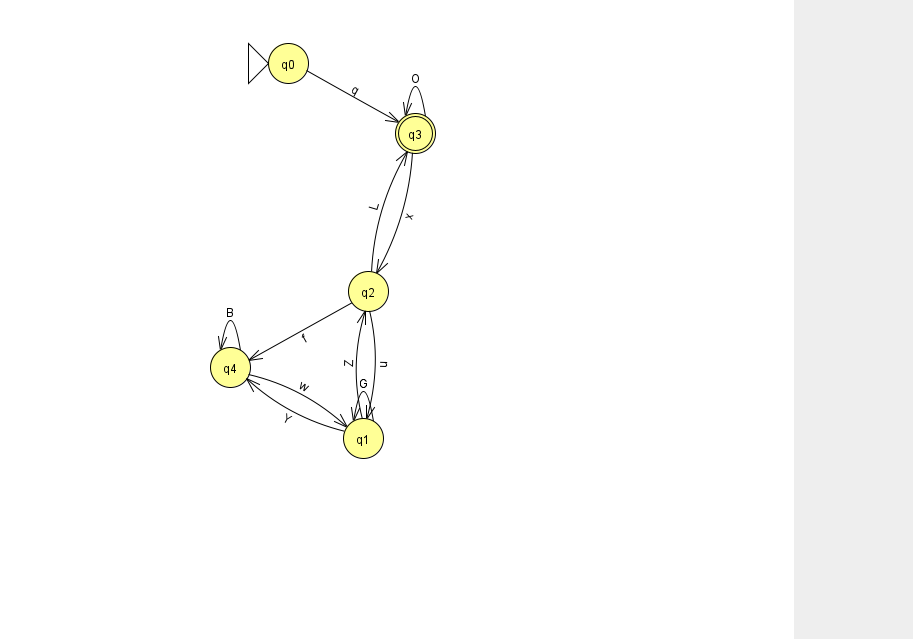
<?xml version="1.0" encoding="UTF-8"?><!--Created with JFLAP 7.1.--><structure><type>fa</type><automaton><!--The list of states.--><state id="0" name="q0"><x>288.0</x><y>50.0</y><initial/></state><state id="1" name="q1"><x>363.0</x><y>425.0</y></state><state id="2" name="q2"><x>368.0</x><y>278.0</y></state><state id="3" name="q3"><x>415.0</x><y>120.0</y><final/></state><state id="4" name="q4"><x>230.0</x><y>354.0</y></state><!--The list of transitions.--><transition><from>0</from><to>3</to><read>q</read></transition><transition><from>2</from><to>4</to><read>f</read></transition><transition><from>4</from><to>1</to><read>w</read></transition><transition><from>4</from><to>4</to><read>B</read></transition><transition><from>1</from><to>1</to><read>G</read></transition><transition><from>2</from><to>1</to><read>u</read></transition><transition><from>1</from><to>2</to><read>Z</read></transition><transition><from>3</from><to>2</to><read>x</read></transition><transition><from>1</from><to>4</to><read>Y</read></transition><transition><from>2</from><to>3</to><read>L</read></transition><transition><from>3</from><to>3</to><read>O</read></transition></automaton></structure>